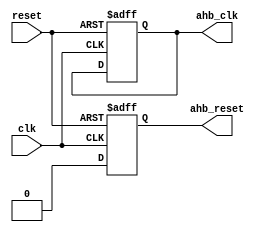
module AHB_bus_controller (
    // Input signals
    input wire clk,
    input wire reset,
    
    // Output signals
    output reg ahb_clk,
    output reg ahb_reset
);

// Timing control and synchronization logic
always @(posedge clk or posedge reset) begin
    if (reset) begin
        ahb_clk <= 0;
        ahb_reset <= 1;
    end else begin
        ahb_reset <= 0;
        // Timing control logic goes here
        // Ensure proper synchronization between modules
    end
end

endmodule